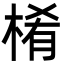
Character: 㮁